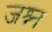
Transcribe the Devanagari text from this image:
जश्न्न